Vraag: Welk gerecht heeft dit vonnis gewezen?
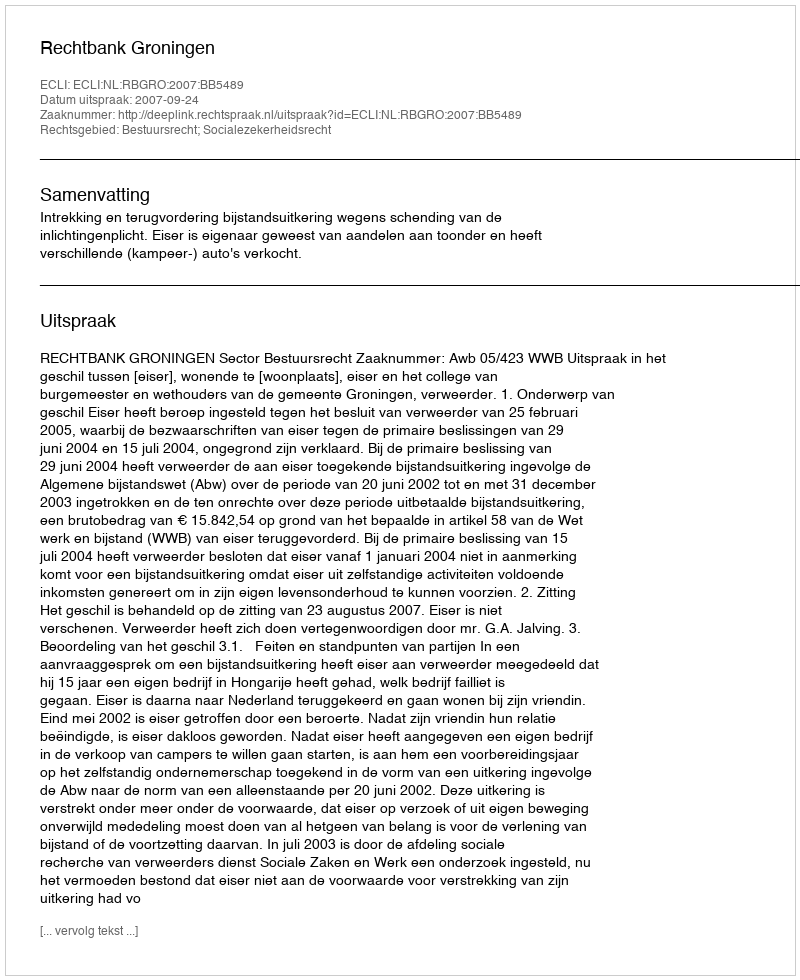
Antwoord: Rechtbank Groningen